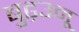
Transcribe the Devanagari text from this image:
बुढ़उनू